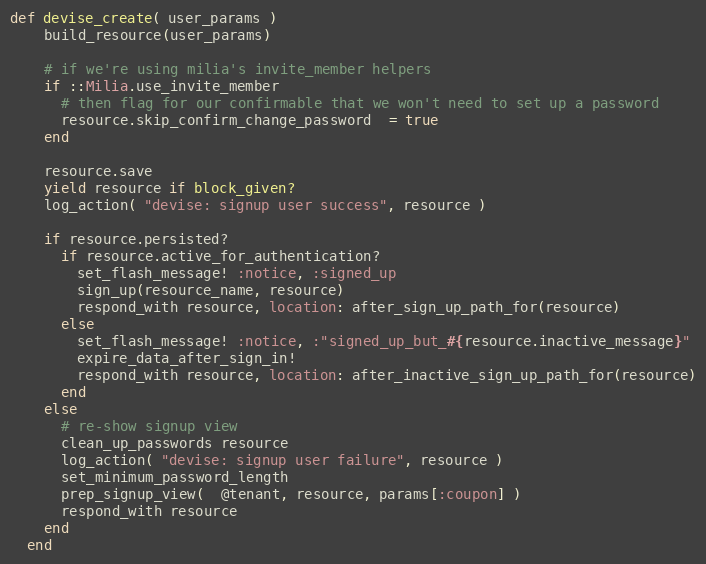
Language: Ruby
def devise_create( user_params )
    build_resource(user_params)

    # if we're using milia's invite_member helpers
    if ::Milia.use_invite_member
      # then flag for our confirmable that we won't need to set up a password
      resource.skip_confirm_change_password  = true
    end

    resource.save
    yield resource if block_given?
    log_action( "devise: signup user success", resource )

    if resource.persisted?
      if resource.active_for_authentication?
        set_flash_message! :notice, :signed_up
        sign_up(resource_name, resource)
        respond_with resource, location: after_sign_up_path_for(resource)
      else
        set_flash_message! :notice, :"signed_up_but_#{resource.inactive_message}"
        expire_data_after_sign_in!
        respond_with resource, location: after_inactive_sign_up_path_for(resource)
      end
    else
      # re-show signup view
      clean_up_passwords resource
      log_action( "devise: signup user failure", resource )
      set_minimum_password_length
      prep_signup_view(  @tenant, resource, params[:coupon] )
      respond_with resource
    end
  end